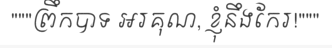
"""ព្រឹកបាទ អរគុណ, ខ្ញុំនឹងកែរ!"""